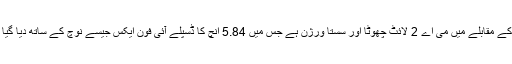
اس کے مقابلے میں می اے 2 لائٹ چھوٹا اور سستا ورژن ہے جس میں 5.84 انچ کا ڈسپلے آئی فون ایکس جیسے نوچ کے ساتھ دیا گیا ہے۔